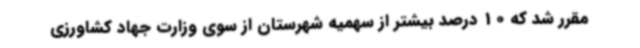
مقرر شد که 10 درصد بیشتر از سهمیه شهرستان از سوی وزارت جهاد کشاورزی